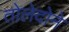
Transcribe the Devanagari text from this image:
तोलेदोने